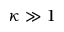
\kappa \gg 1